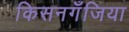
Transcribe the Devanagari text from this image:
किसनगॅँजिया